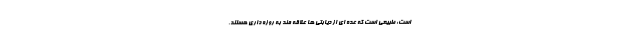
است: طبیعی است که عده ای از دیابتی ها علاقه مند به روزه داری هستند،